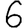
Digit: 6